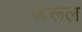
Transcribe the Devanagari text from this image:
जरूल